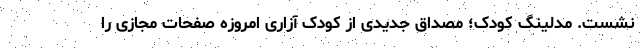
نشست. مدلینگ کودک؛ مصداق جدیدی از کودک آزاری امروزه صفحات مجازی را